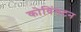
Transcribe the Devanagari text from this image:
कोविंगटन